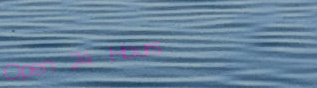
Open 24 Hours